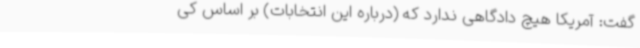
گفت: آمریکا هیچ دادگاهی ندارد که (درباره این انتخابات) بر اساس کی